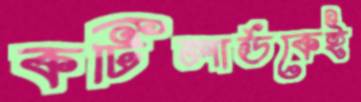
কটিলার্ডকেই